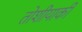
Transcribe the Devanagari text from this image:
तोशीयाकी